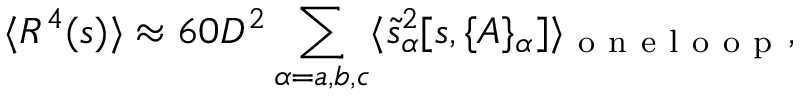
\langle R ^ { 4 } ( s ) \rangle \approx 6 0 D ^ { 2 } \sum _ { \alpha = a , b , c } \langle \tilde { s } _ { \alpha } ^ { 2 } [ s , \{ A \} _ { \alpha } ] \rangle _ { \mathrm { ~ o ~ n ~ e ~ l ~ o ~ o ~ p ~ } } ,